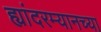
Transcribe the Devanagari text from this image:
ह्यांदरम्यानच्या